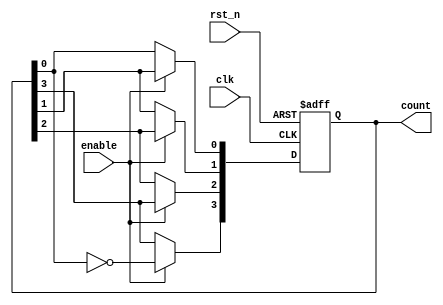
module johnson_counter (
    input wire clk,           // Clock input
    input wire rst_n,        // Active low asynchronous reset
    input wire enable,       // Enable signal
    output reg [3:0] count   // 4-bit output for the counter
);

    always @(posedge clk or negedge rst_n) begin
        if (!rst_n) begin
            // Reset the counter to 0
            count <= 4'b0000;
        end else if (enable) begin
            // Johnson counter logic
            count[3] <= ~count[0]; // Invert the last flip-flop output
            count[2] <= count[3];   // Shift value from flip-flop 3
            count[1] <= count[2];   // Shift value from flip-flop 2
            count[0] <= count[1];   // Shift value from flip-flop 1
        end
    end

endmodule